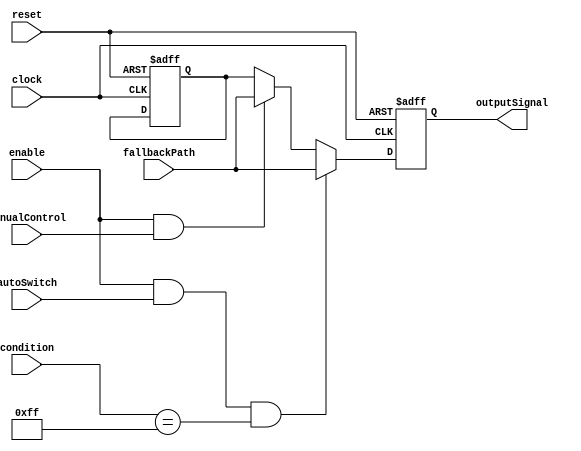
module FallbackBypassRegister (
    input wire clock,
    input wire reset,
    input wire enable,
    input wire autoSwitch,
    input wire manualControl,
    input wire [7:0] condition,
    input wire [7:0] fallbackPath,
    output reg [7:0] outputSignal
);

reg [7:0] normalPath;

always @(posedge clock or posedge reset) begin
    if (reset) begin
        normalPath <= 8'b0;
        outputSignal <= 8'b0;
    end else begin
        if (enable && autoSwitch && (condition == 8'b11111111)) begin
            outputSignal <= fallbackPath;
        end else if (enable && manualControl) begin
            outputSignal <= fallbackPath;
        end else begin
            outputSignal <= normalPath;
        end
    end
end

endmodule